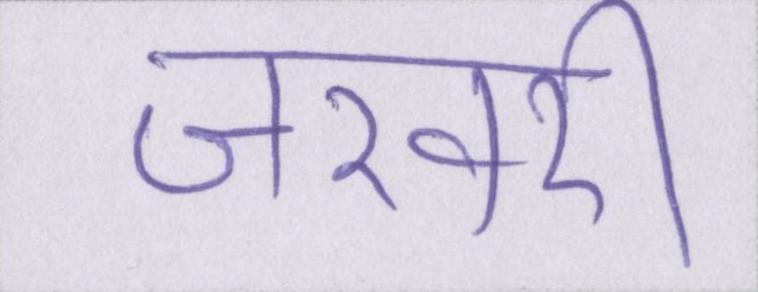
जरवरी